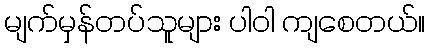
မျက်မှန်တပ်သူများ ပါဝါ ကျစေတယ်။